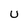
Character: U